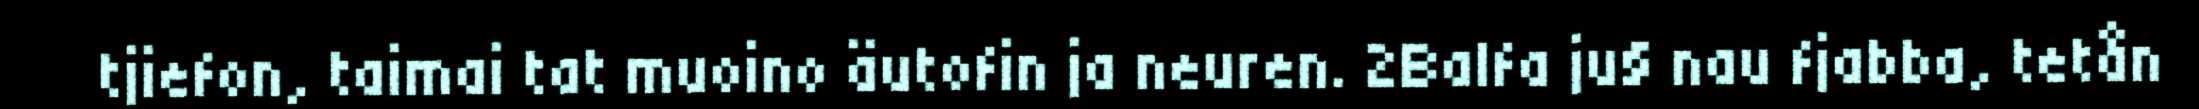
tjiefon, taimai tat muoino äutofin ja neuren. 2Balfa ju§ nau fjabba, tetån